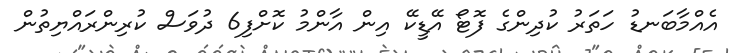
އެއްމާބަނޑު ހަތަރު ކުދިންގެ ފޮޓޯ އޭޑީކޭ އިން އާންމު ކޮށްފި6 ދުވަސް ކުރިންރައްޔިތުން